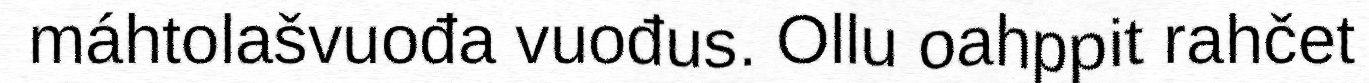
máhtolašvuođa vuođus. Ollu oahppit rahčet